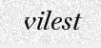
vilest